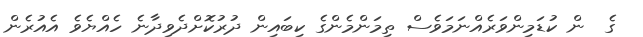
ގެ  ން ކުޑަމިންވަރެއްނަމަވެސް ތިމަންމެންގެ ކިބައިން ދުރުކޮށްދެވިދާނެ ހެއްޔެވެ އެއުރެން